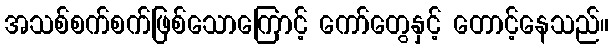
အသစ်စက်စက်ဖြစ်သောကြောင့် ကော်တွေနှင့် တောင့်နေသည်။